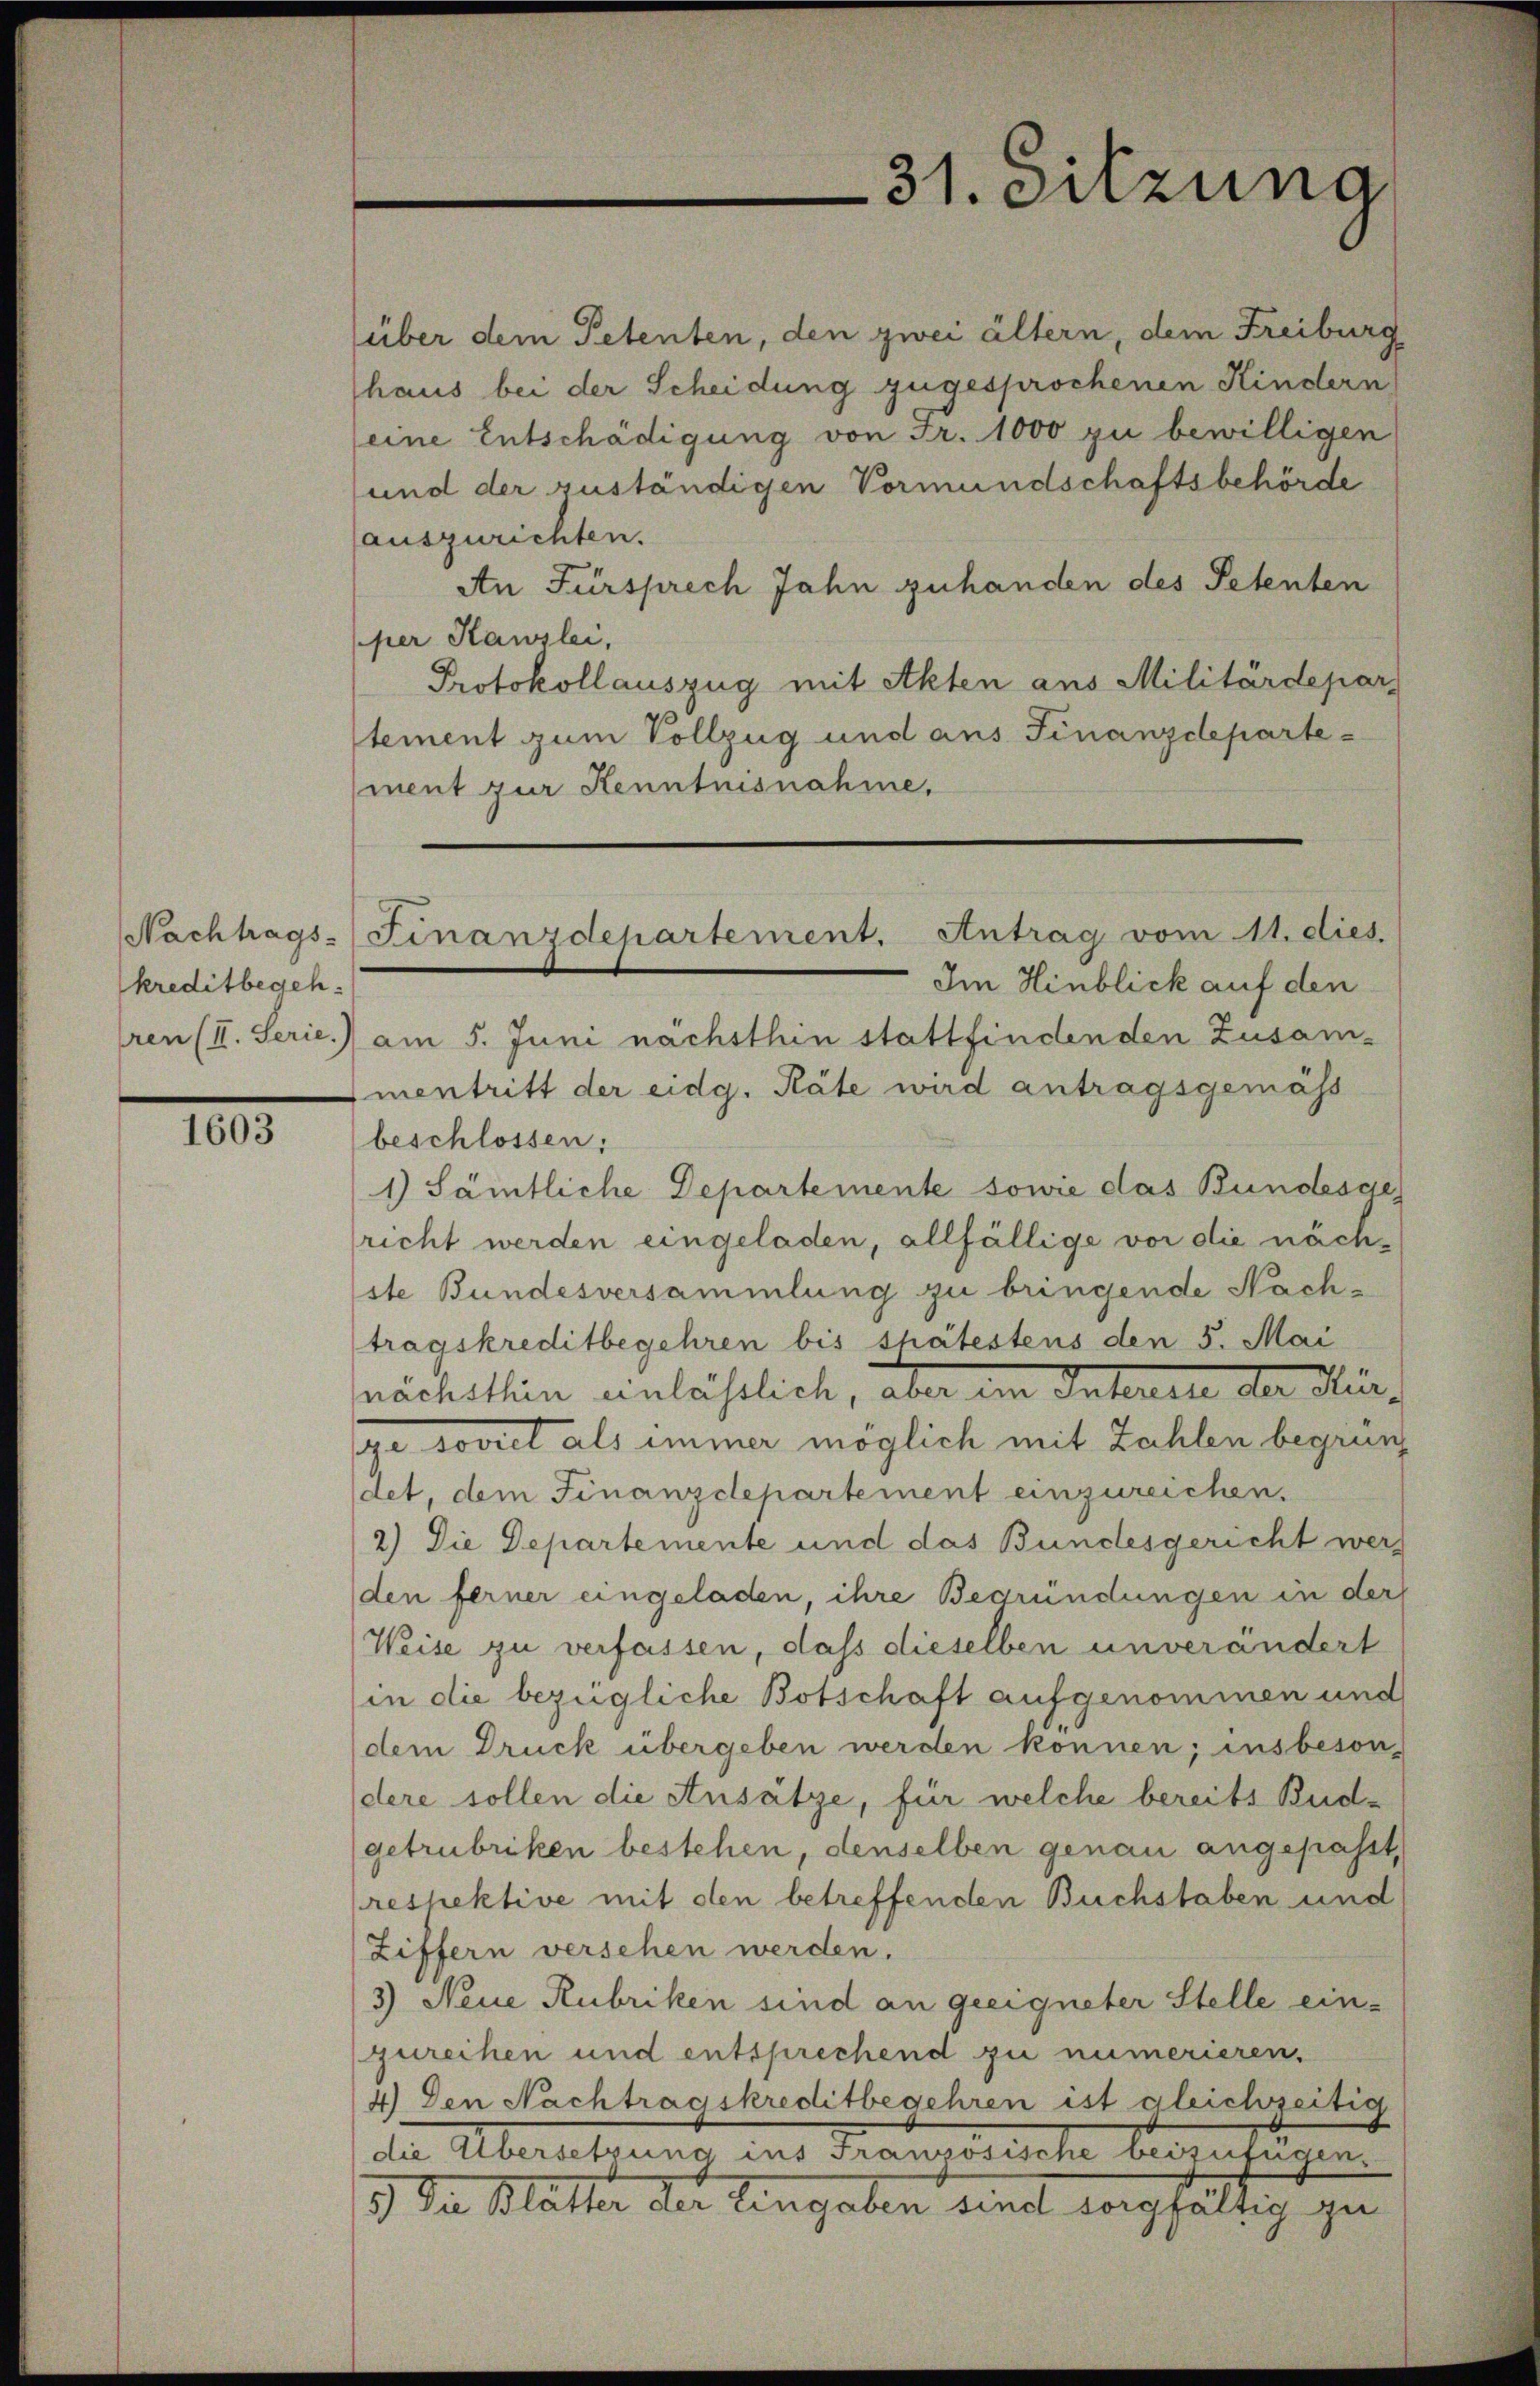
kreditbegeh
ren (II. Serie.

1603

über dem Petenten, den zwei ältern, dem Freiburg
haus bei der Scheidung zugesprochenen Kindern
(eine Entschädigung von Fr. 1000 zu bewilligen
und der zuständigen Vormundschaftsbehörde
auszurichten.
An Fürsprech Jahn zuhanden des Petenten
per Kanzlei,
Protokollauszug mit Akten aus Militärdepar
stement zum Vollzug und aus Finanzdepartement zur Kenntnisnahme.
Im Hinblick auf den
am 5. Juni nächsthin stattfindenden Zusam-
mentritt der eidg. Räte wird antragsgemäss
beschlossen:
1.) Sämtliche Departemente sowie das Bundesde
richt werden eingeladen, allfällige vor die nächste Bundesversammlung zu bringende Nachtragskreditbegehren bis spätestens den 5. Mai
nächsthin einlässlich, aber im Interia der Murdoviel als immer möglich mit Zahlen begründ
tet, dem Finanzdepartement einzureichen.
2) Die Departemente und das Bundesgericht werd
den ferner eingeladen, ihre Begründungen in der
Weise zu verfassen, dass dieselben unverändert
(in die bezügliche Botschaft aufgenommen und
dem Druck übergeben werden können; insbeson-
dere sollen die Ansätze, für welche bereits Bud-
getrubriken bestehen, denselben genau angepasst,
respektive mit den betreffenden Buchstaben und
(Ziffern versehen werden.
3) Neue Rubriken sind an geeigneter Stelle einzureihen und entsprechend zu numerieren.
4) Den Nachtragskreditbegehren ist gleichzeitig
de Überletzung ins Französische bedenfangen.
3.) Da Blatte die Eingaben und sorgfältig zu

Nachhags-Finanzdepartement. Antrag vom 11. dies.

31. Sitzung